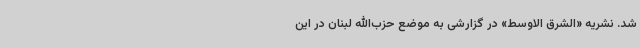
شد. نشریه «الشرق الاوسط» در گزارشی به موضع حزب‌الله لبنان در این